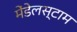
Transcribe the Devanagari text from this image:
मेंडेलस्टाम